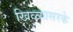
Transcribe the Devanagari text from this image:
खिळ्यासरके